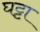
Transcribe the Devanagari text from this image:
घट्टा